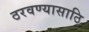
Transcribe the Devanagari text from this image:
ठरवण्यासाठि